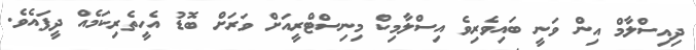
ދިއިސްލާމް އިން ވަނީ ބައިވެރިވެ އިސްލާމިކް މިނިސްޓްރީއަށް ވަރަށް ބޮޑު އެހީތެރިކަމެއް ދީފައެވެ.